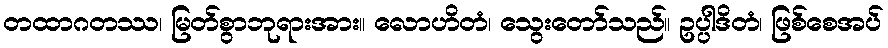
တထာဂတဿ၊ မြတ်စွာဘုရားအား။ လောဟိတံ၊ သွေးတော်သည်။ ဥပ္ပါဒိတံ၊ ဖြစ်စေအပ်